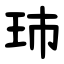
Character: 㺻